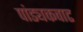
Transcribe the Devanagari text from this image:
पांड्यकवाट